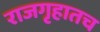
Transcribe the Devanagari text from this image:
राजगृहातच